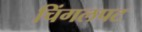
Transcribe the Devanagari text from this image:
चिंगलपट